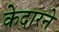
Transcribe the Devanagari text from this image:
केदारने